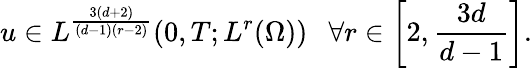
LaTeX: u\in L^{\frac{3(d+2)}{(d-1)(r-2)}}(0,T;L^{r}(\Omega))\ \ \ \forall r\in\left[2,\frac{3d}{d-1}\right].